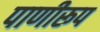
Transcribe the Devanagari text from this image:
पाणीरूप